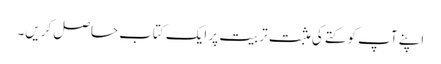
اپنے آپ کو کتے کی مثبت تربیت پر ایک کتاب حاصل کریں۔